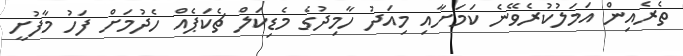
ތެރެއިން އަމަލުކުރެވޭނެ ކަމަށާއި މިއަދު ހާމިދުގެ މެޑިކަލް ޗެކަޕެއް ހެދުމަށް ފަހު މާފުށީ